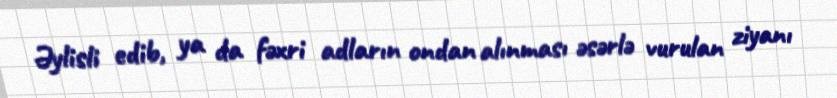
Əylisli edib, ya da fəxri adların ondan alınması əsərlə vurulan ziyanı